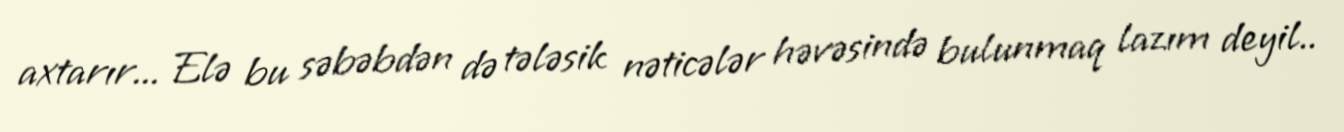
axtarır... Elə bu səbəbdən də tələsik nəticələr həvəsində bulunmaq lazım deyil..